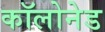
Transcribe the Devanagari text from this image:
कॉलोनेड